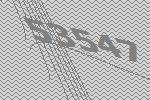
53547